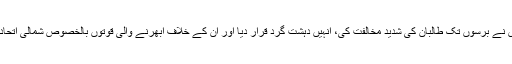
اس پیش رفت سے قبل روس نے برسوں تک طالبان کی شدید مخالفت کی، انہیں دہشت گرد قرار دیا اور ان کے خلاف ابھرنے والی قوتوں بالخصوص شمالی اتحاد کی بھرپور پشت پناہی کی۔